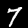
Digit: 7